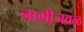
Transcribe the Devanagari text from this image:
नाभीजवळ